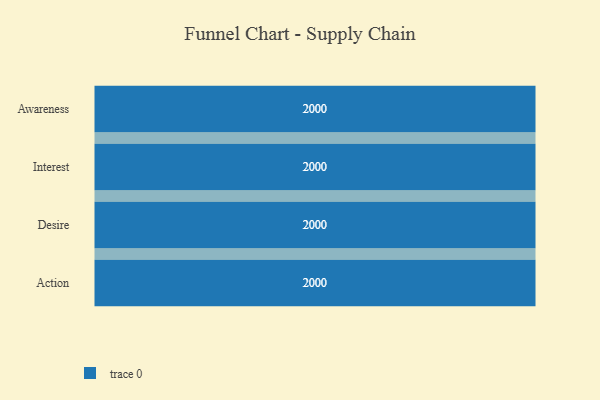
{"axis": {"x": "Stage", "y": "Value"}, "legend": [""], "data": [{"x": "Awareness", "y": 2000, "type": ""}, {"x": "Interest", "y": 2000, "type": ""}, {"x": "Desire", "y": 2000, "type": ""}, {"x": "Action", "y": 2000, "type": ""}]}